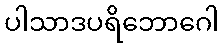
ပါသာဒပရိဘောဂေါ